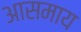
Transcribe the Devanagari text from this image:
आसमाय